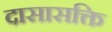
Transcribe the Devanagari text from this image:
दासासक्ति